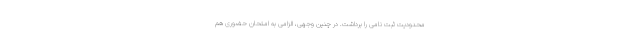
محدودیت ثبت نامی را برداشت. در چنین وجهی، الزامی به امتحان حضوری هم